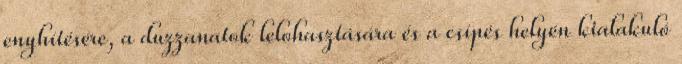
enyhítésére, a duzzanatok lelohasztására és a csípés helyén kialakuló